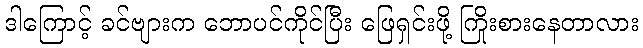
ဒါကြောင့် ခင်ဗျားက ဘောပင်ကိုင်ပြီး ဖြေရှင်းဖို့ ကြိုးစားနေတာလား